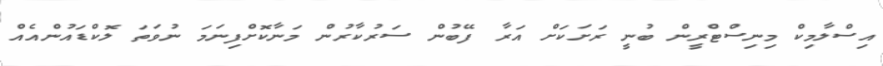
އިސްލާމިކް މިނިސްޓްރީން ބުނީ ރަށަކަށް އަރާ ފޭބުން ސަރުކާރުން މަނާކޮށްފިނަމަ ނުވަތަ ލޮކްޑައުންއެއް